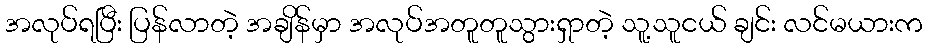
အလုပ်ရပြီး ပြန်လာတဲ့ အချိန်မှာ အလုပ်အတူတူသွားရှာတဲ့ သူ့သူငယ် ချင်း လင်မယားက